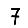
Digit: 7